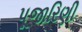
પૂજારિણી